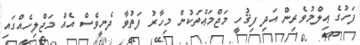
ފަހުގެ ޢިލްމުވެރިން އަދި ފިޤުހީ މަޖްމަޢްތަކުން މިހާރު ފަތުވާ ދެނީވެސް އެއް މަޖްލިހެއްގައި